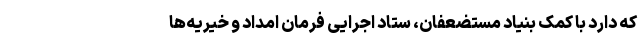
که دارد با کمک بنیاد مستضعفان، ستاد اجرایی فرمان امداد و خیریه‌ها